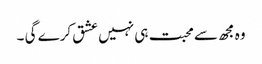
وہ مجھ سے محبت ہی نہیں عشق کرے گی ۔